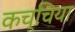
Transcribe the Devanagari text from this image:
कच्चिया